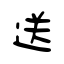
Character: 送